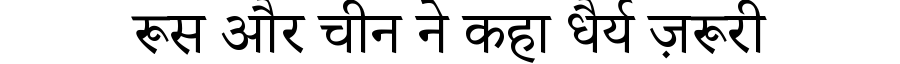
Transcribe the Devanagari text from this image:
रूस और चीन ने कहा धैर्य ज़रूरी